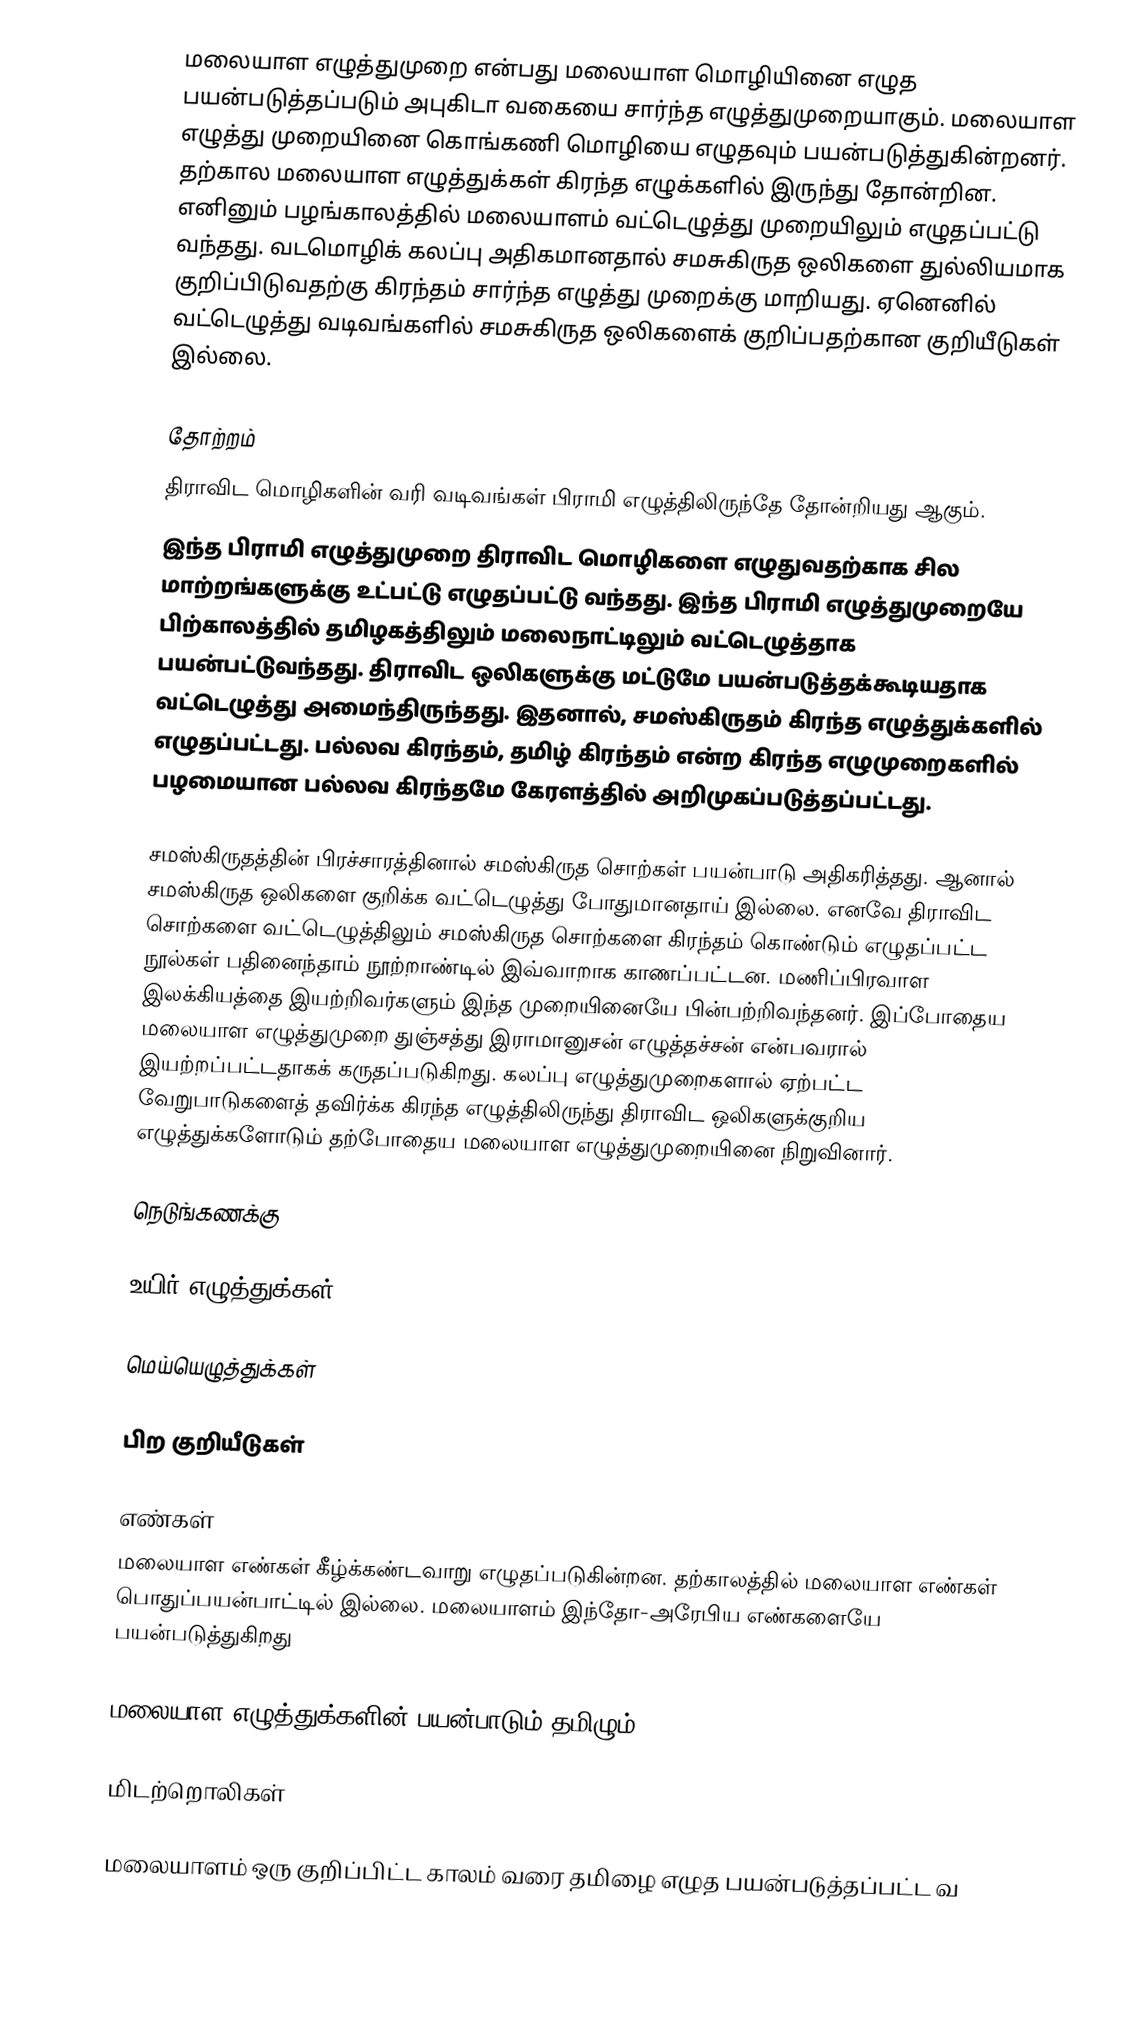
மலையாள எழுத்துமுறை என்பது மலையாள மொழியினை எழுத பயன்படுத்தப்படும் அபுகிடா வகையை சார்ந்த எழுத்துமுறையாகும். மலையாள எழுத்து முறையினை கொங்கணி மொழியை எழுதவும் பயன்படுத்துகின்றனர். தற்கால மலையாள எழுத்துக்கள் கிரந்த எழுக்களில்  இருந்து தோன்றின. எனினும் பழங்காலத்தில் மலையாளம் வட்டெழுத்து முறையிலும் எழுதப்பட்டு வந்தது. வடமொழிக் கலப்பு அதிகமானதால் சமசுகிருத ஒலிகளை துல்லியமாக குறிப்பிடுவதற்கு கிரந்தம் சார்ந்த எழுத்து முறைக்கு மாறியது. ஏனெனில் வட்டெழுத்து வடிவங்களில் சமசுகிருத ஒலிகளைக் குறிப்பதற்கான குறியீடுகள் இல்லை.

தோற்றம்
திராவிட மொழிகளின் வரி வடிவங்கள் பிராமி எழுத்திலிருந்தே தோன்றியது ஆகும்.
இந்த பிராமி எழுத்துமுறை திராவிட மொழிகளை எழுதுவதற்காக சில மாற்றங்களுக்கு உட்பட்டு எழுதப்பட்டு வந்தது. இந்த பிராமி எழுத்துமுறையே பிற்காலத்தில் தமிழகத்திலும் மலைநாட்டிலும் வட்டெழுத்தாக பயன்பட்டுவந்தது. திராவிட ஒலிகளுக்கு மட்டுமே பயன்படுத்தக்கூடியதாக வட்டெழுத்து அமைந்திருந்தது. இதனால்,  சமஸ்கிருதம் கிரந்த எழுத்துக்களில் எழுதப்பட்டது. பல்லவ கிரந்தம், தமிழ் கிரந்தம் என்ற கிரந்த எழுமுறைகளில் பழமையான பல்லவ கிரந்தமே கேரளத்தில் அறிமுகப்படுத்தப்பட்டது.

சமஸ்கிருதத்தின் பிரச்சாரத்தினால் சமஸ்கிருத சொற்கள் பயன்பாடு அதிகரித்தது. ஆனால் சமஸ்கிருத ஒலிகளை குறிக்க வட்டெழுத்து போதுமானதாய் இல்லை. எனவே திராவிட சொற்களை வட்டெழுத்திலும் சமஸ்கிருத சொற்களை கிரந்தம் கொண்டும் எழுதப்பட்ட நூல்கள் பதினைந்தாம் நூற்றாண்டில் இவ்வாறாக காணப்பட்டன. மணிப்பிரவாள இலக்கியத்தை இயற்றிவர்களும் இந்த முறையினையே பின்பற்றிவந்தனர்.  இப்போதைய மலையாள எழுத்துமுறை துஞ்சத்து இராமானுசன் எழுத்தச்சன் என்பவரால் இயற்றப்பட்டதாகக் கருதப்படுகிறது.  கலப்பு எழுத்துமுறைகளால் ஏற்பட்ட வேறுபாடுகளைத் தவிர்க்க கிரந்த எழுத்திலிருந்து திராவிட ஒலிகளுக்குறிய எழுத்துக்களோடும் தற்போதைய மலையாள எழுத்துமுறையினை நிறுவினார்.

நெடுங்கணக்கு

உயிர் எழுத்துக்கள்

மெய்யெழுத்துக்கள்

பிற குறியீடுகள்

எண்கள்
மலையாள எண்கள் கீழ்க்கண்டவாறு எழுதப்படுகின்றன. தற்காலத்தில் மலையாள எண்கள் பொதுப்பயன்பாட்டில் இல்லை. மலையாளம் இந்தோ-அரேபிய எண்களையே பயன்படுத்துகிறது

மலையாள எழுத்துக்களின் பயன்பாடும் தமிழும்

மிடற்றொலிகள்

மலையாளம் ஒரு குறிப்பிட்ட காலம் வரை தமிழை எழுத பயன்படுத்தப்பட்ட வ